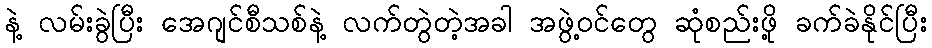
နဲ့ လမ်းခွဲပြီး အေဂျင်စီသစ်နဲ့ လက်တွဲတဲ့အခါ အဖွဲ့ဝင်တွေ ဆုံစည်းဖို့ ခက်ခဲနိုင်ပြီး